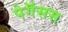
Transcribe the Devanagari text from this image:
पेगॅसस